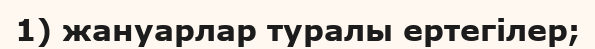
1) жануарлар туралы ертегілер;